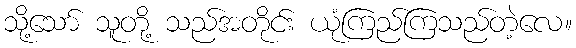
သို့သော် သူတို့ သည်အတိုင်း ယုံကြည်ကြသည်တဲ့လေ။